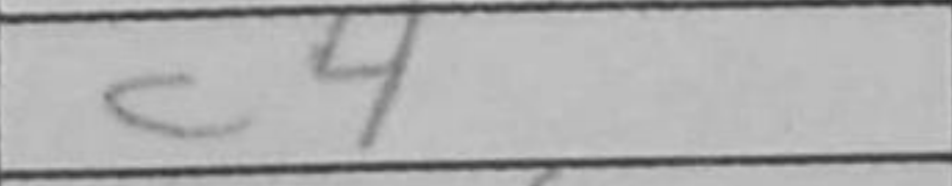
Transcription: c4